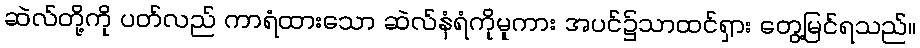
ဆဲလ်တို့ကို ပတ်လည် ကာရံထားသော ဆဲလ်နံရံကိုမူကား အပင်၌သာထင်ရှား တွေ့မြင်ရသည်။